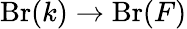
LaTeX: \operatorname{Br}(k)\to\operatorname{Br}(F)